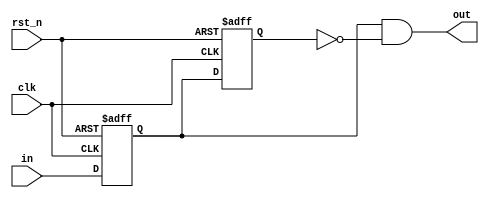
/*
	posedge detector, golden in sync condition
*/

module posedgeDect (
	input clk, rst_n,
	input in,
	output out
);

reg dff1, dff2;

always @ (posedge clk, negedge rst_n) begin
	if (!rst_n) begin
		dff1 <= 1'b0;
		dff2 <= 1'b0;
	end else begin
		dff1 <= in;
		dff2 <= dff1;
	end
end

assign out = dff1 & (!dff2);

endmodule